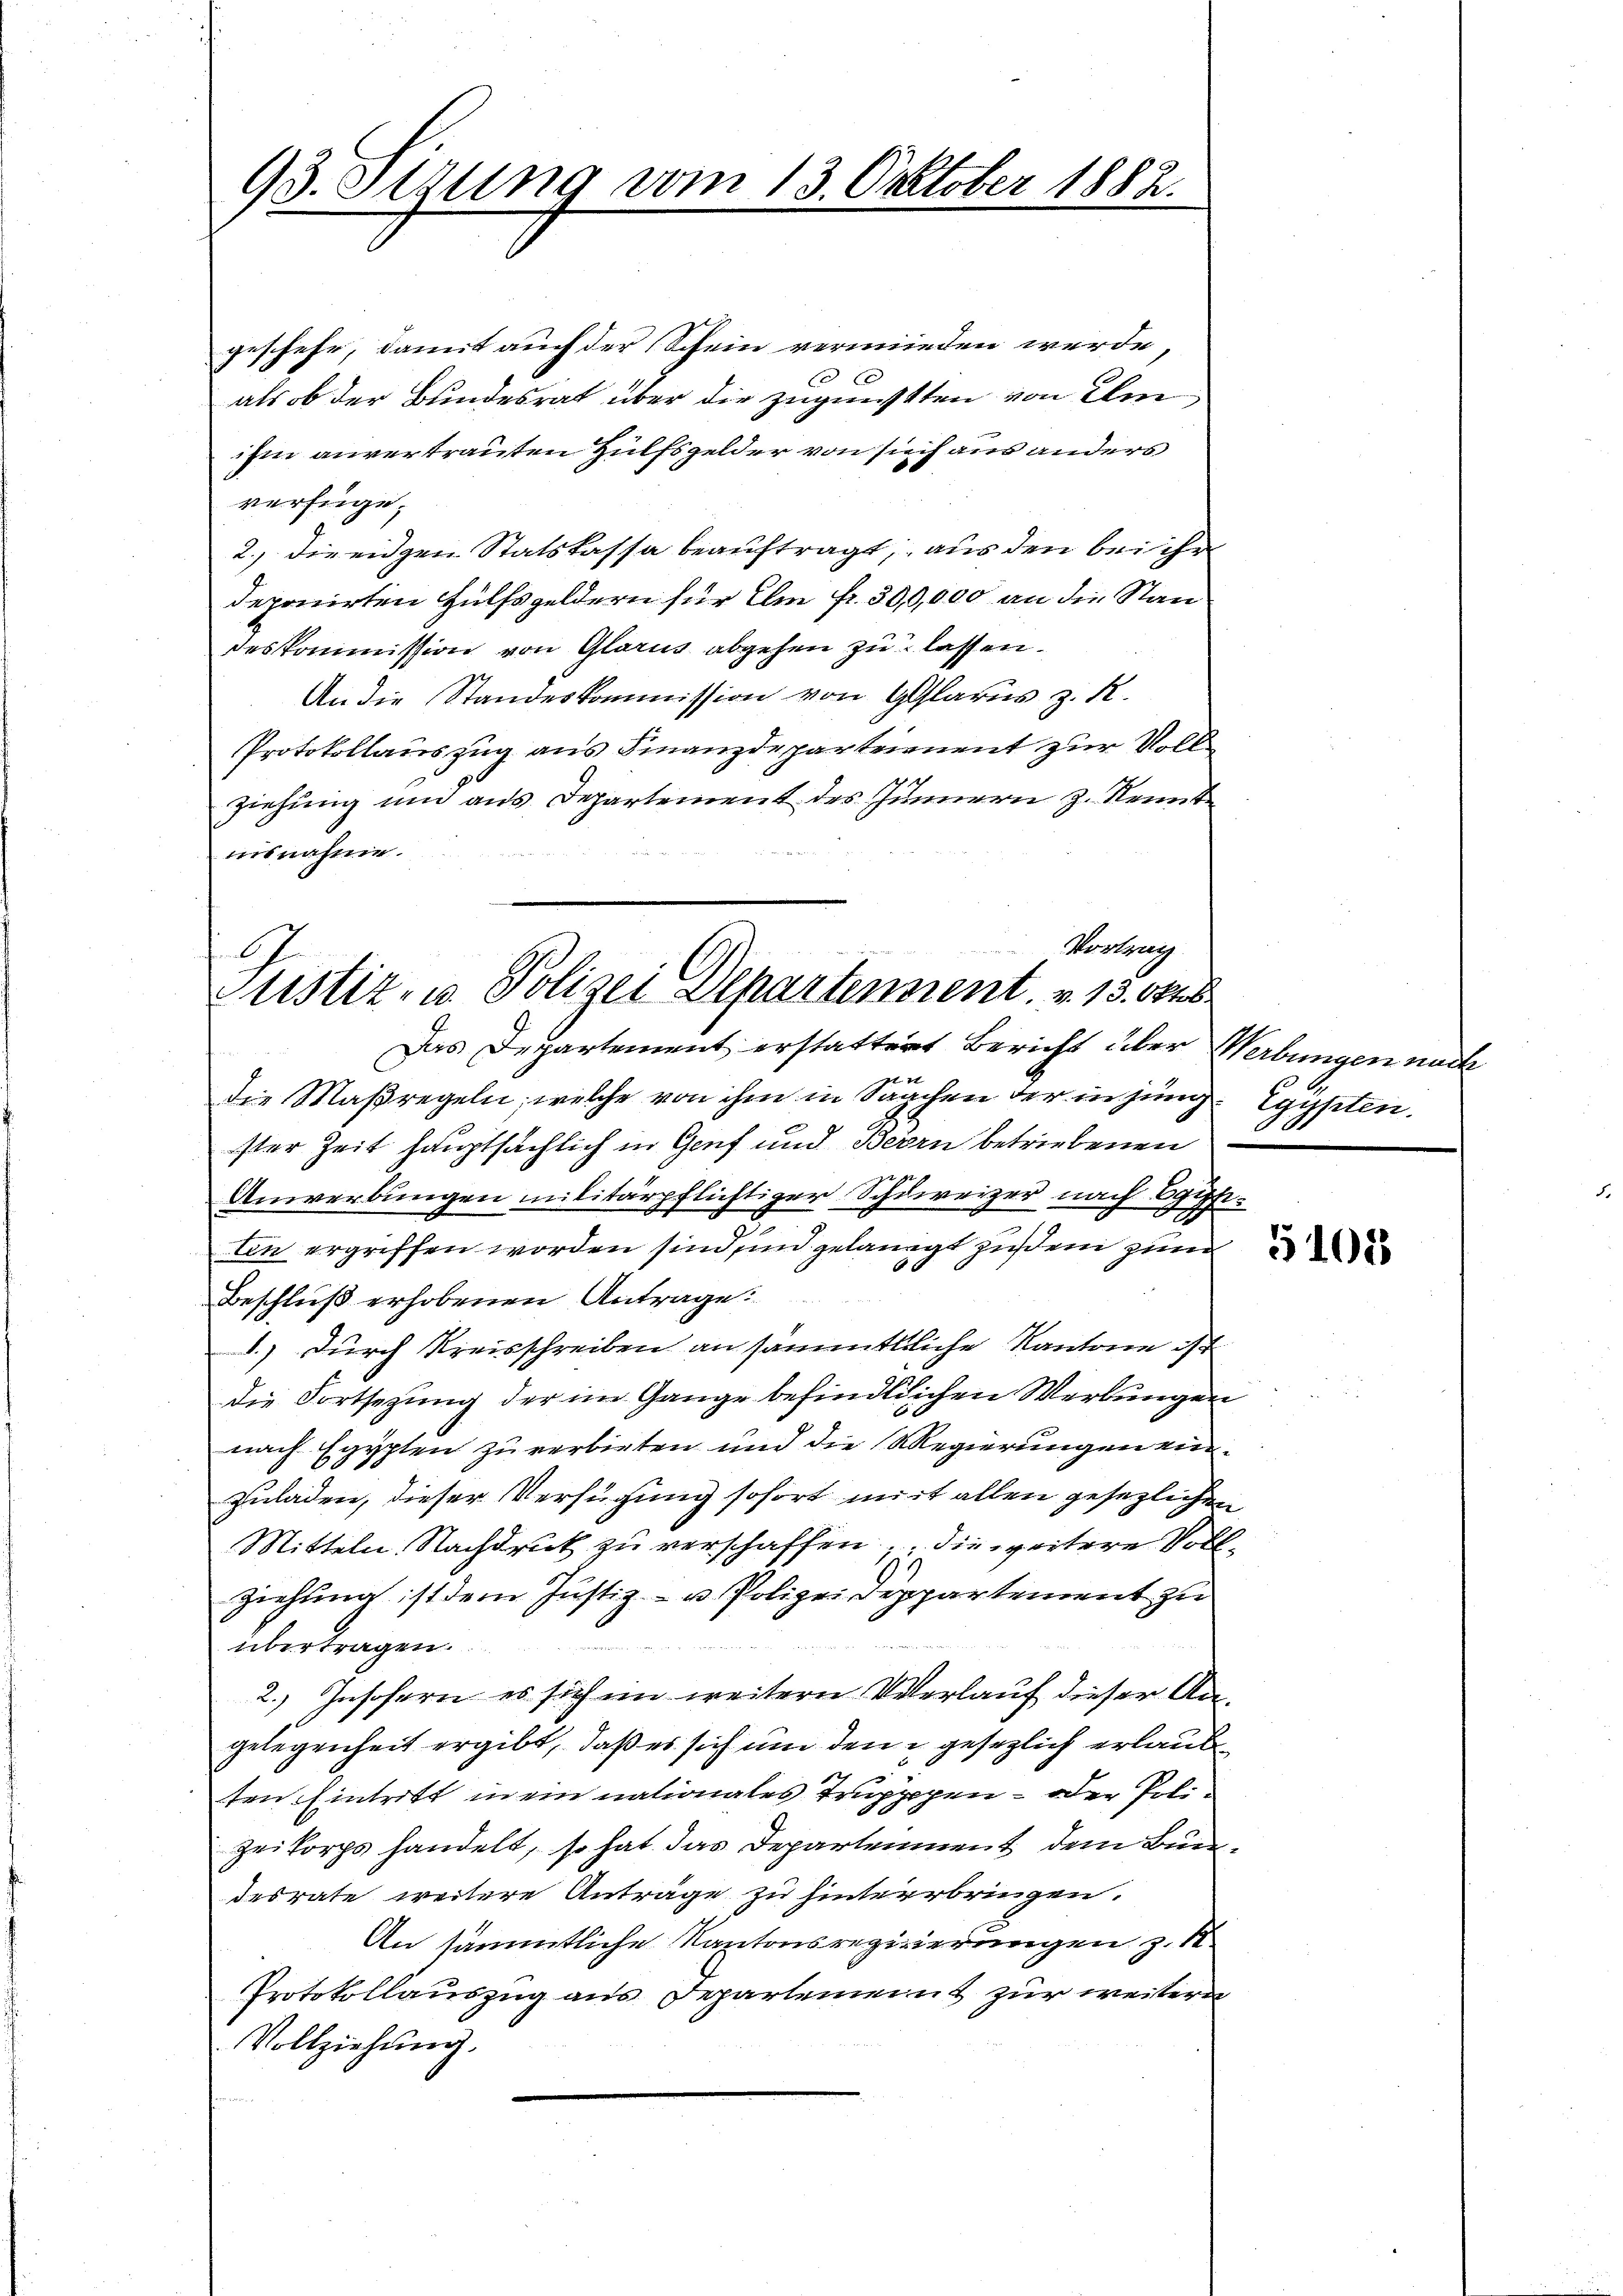
93. Sedung vom 13. October 1882.

geschehe, damit auch der (Schein vermieden werde,
als ob der Bundesrat über die zugensten von Umihm anvertrauten Hülfsgelder von sich aus anders
verfüge.
2., die eidgen Statskassa beauftragt, aus den bei ihr
deponirten Hülfsgeldern für Ulm fr. 300,000 an die Standeskommission von Glarus abgehen zu lassen.
An die Standeskommission von Glarus z. R.
Protokollauszug aus Finanzdeparteienent zur Vollziehung und aus Departement des Junnern z. Konnte
nisnahme.
Vortrag
G.
Custiz- u. Polizei Departennent. v. 13. 68

Das Departement erstattent Bericht über Werbungen nach

die Maßregeln, welche von ihm in Sachen der in jung Egypten.
ster Zeit hauptsächlich in Genf und Bern betriebenen
Anwerbungen militärpflichtiger Schweizer nach gipfetin ergriffen worden sind, und gelangt zustem zum
6
Beschluß erhobenen Antrage:
1.) Durch Kreisschreiben an sämmtliche Kantone ist
die Fortsetzung der im Gange befindlichen Werbungen
nach Egypten zu verbieten und die Regierungen einzuladen, dieser Verfügung sofort mit allen gesezlichen
Mitteln. Nachdruck zu verschaffen, die weitere Voll¬
Ziehung ist dem Justiz- u. Polizei Deppartement zu
übertragen.
2., Insofern es sich im weitern Verlauf dieser Angelegenheit ergibt, daß es sich um den gesezlich erlaub
ten Eintritt in ein nationales Truppen – oder Polizeikorps handelt, so hat das Departenment dem Bundesrate weitere Anträge zu hinterbringen.
An sämmtliche Kantonsregierungen z. K.
Protokollauszug aus Departement zur weitern
Vollziehŭng.

5108